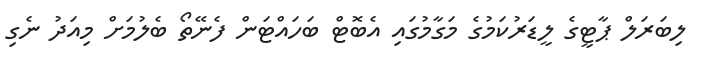
ލިބަރަލް ޕާޓީގެ ލީޑަރުކަމުގެ މަގާމުގައި އެބޮޓް ބަހައްޓަން ފެނޭތޯ ބެލުމަށް މިއަދު ނެގި